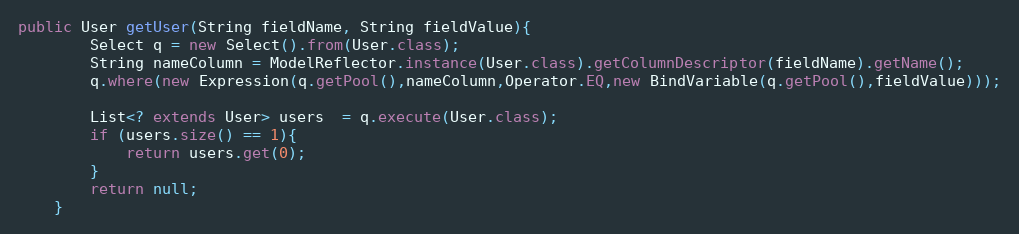
Language: Java
public User getUser(String fieldName, String fieldValue){
        Select q = new Select().from(User.class);
        String nameColumn = ModelReflector.instance(User.class).getColumnDescriptor(fieldName).getName();
        q.where(new Expression(q.getPool(),nameColumn,Operator.EQ,new BindVariable(q.getPool(),fieldValue)));

        List<? extends User> users  = q.execute(User.class);
        if (users.size() == 1){
            return users.get(0);
        }
        return null;
    }